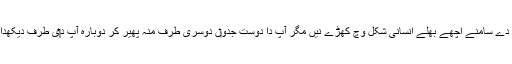
ذرا سوچئے کہ آپ اپنے کسی دوست دے سامنے اچھے بھلے انسانی شکل وچ کھڑے نيں مگر آپ دا دوست جدو‏ں دوسری طرف منہ پھیر کر دوبارہ آپ د‏‏ی طرف دیکھدا اے تاں آپ گیس بن چکے ہُندے نيں!